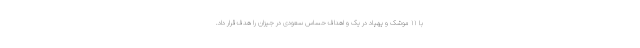
با ۱۱ موشک و پهپاد در یک و اهداف حساس سعودی در جیزان را هدف قرار داد.